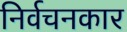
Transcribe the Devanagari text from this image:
निर्वचनकार